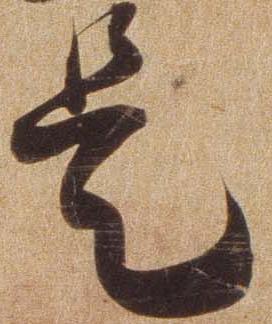
是